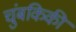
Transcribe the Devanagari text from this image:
चुंबकिकी